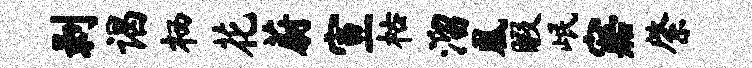
剥谒栖花蔚宣枯溜凰暇岷寤綮